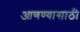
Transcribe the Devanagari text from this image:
आणण्‍यासाठी